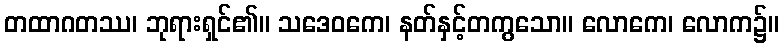
တထာဂတဿ၊ ဘုရားရှင်၏။ သဒေဝကေ၊ နတ်နှင့်တကွသော။ လောကေ၊ လောက၌။